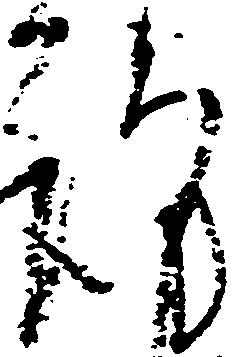
謹